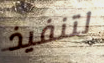
لتنفيذ